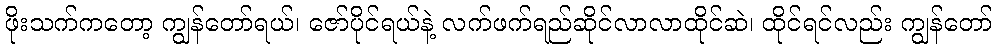
ဖိုးသက်ကတော့ ကျွန်တော်ရယ်၊ ဇော်ပိုင်ရယ်နဲ့ လက်ဖက်ရည်ဆိုင်လာလာထိုင်ဆဲ၊ ထိုင်ရင်လည်း ကျွန်တော်